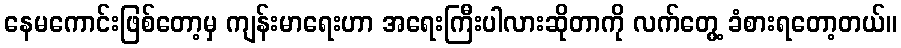
နေမကောင်းဖြစ်တော့မှ ကျန်းမာရေးဟာ အရေးကြီးပါလားဆိုတာကို လက်တွေ့ ခံစားရတော့တယ်။